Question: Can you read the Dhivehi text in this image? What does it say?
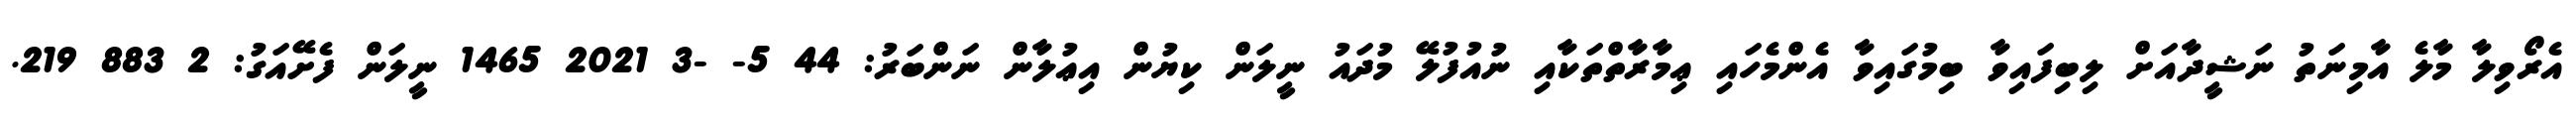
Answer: އެރޯވިލާ މާލެ އާމިނަތު ނަޝީދާއަށް ލިބިފައިވާ ބިމުގައިވާ އެންމެހައި ޢިމާރާތްތަކާއި ނުއުފުލޭ މުދައު ނީލަން ކިޔުން އިޢުލާން ނަންބަރު: 44 5- -3 2021 1465 ނީލަން ފެށޭއަގު: 2 883 219.